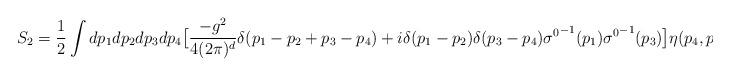
LaTeX: \begin{align*}S_{2}={1\over 2}\int dp_{1}dp_{2}dp_{3}dp_{4}\big[ {-g^{2}\over 4(2\pi )^{d}}\delta (p_{1}-p_{2}+p_{3}-p_{4}) +i\delta (p_{1}-p_{2})\delta (p_{3}-p_{4}){\sigma^{0}}^{-1}(p_{1}){\sigma^{0}}^{-1}(p_{3})\big]\eta (p_{4},p_{1})\eta(p_{2},p_{3})\end{align*}